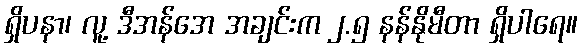
ရှိပနာ၊ လူ့ ဒီအန်အေ အချင်းက ၂.၅ နန်နိုမီတာ ရှိပါရေ။